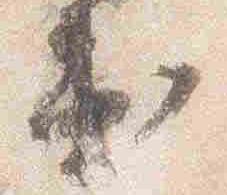
出